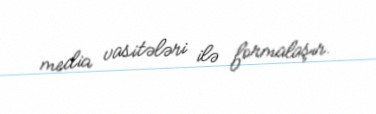
media vasitələri ilə formalaşır.